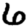
Digit: 6